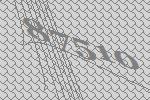
87510